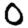
Digit: 0